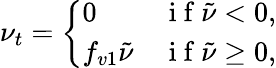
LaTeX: \nu_{t}=\left\{ \begin{array}{ll}{0}&{\mathrm{~i~f~}\tilde{\nu}<0,}\\ {f_{v1}\tilde{\nu}}&{\mathrm{~i~f~}\tilde{\nu}\geq 0,}\end{array}\right.